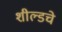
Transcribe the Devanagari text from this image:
शील्डचे